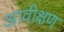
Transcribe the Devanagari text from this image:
आवीक्षण